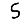
Digit: 5